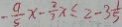
- \frac { 9 } { 5 } x - \frac { 2 } { 3 } x \leq 2 - 3 \frac { 1 } { 5 }